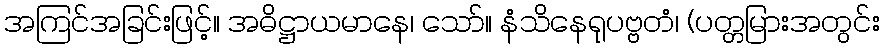
အကြင်အခြင်းဖြင့်။ အဓိဋ္ဌာယမာနေ၊ သော်။ နံသိနေရုပဗ္ဗတံ၊ (ပတ္တမြားအတွင်း